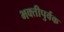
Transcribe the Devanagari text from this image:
भक्‍तीपुर्वक